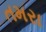
તમરા